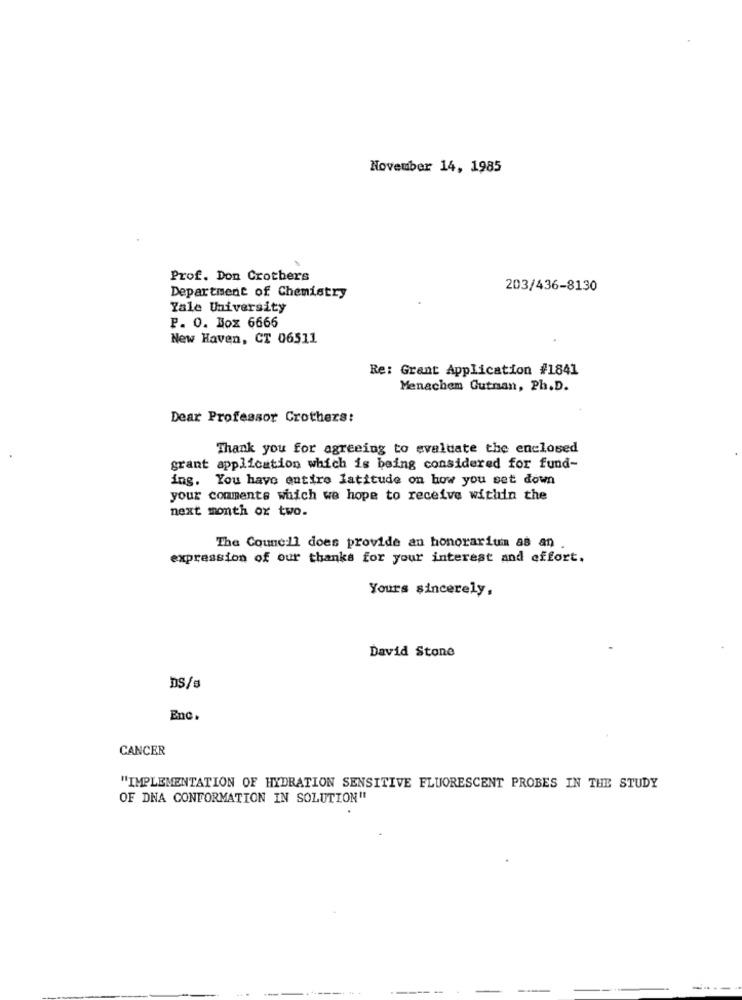
November 14, 1985
Prof. Don Crothers
203/436-8130
Department of Chemistry
Yale University
P. O. Box 6666
New Haven, CT 06511
Re: Grant Application #1841
Menachem Gutnan, Ph.D.
Dear Professor Crothers:
Thank you for agreeing to evaluate the enclosed
grant application which is being considered for fund-
ing. You have entire latitude on how you set down
your comments which we hope to receive within the
next month or two.
The Council does provide an honorarium as an
expression of our thanks for your interest and effort.
Yours sincerely,
David Stone
DS/s
Enc.
CANCER
"IMPLEMENTATION OF HYDRATION SENSITIVE FLUORESCENT PROBES IN THE STUDY
OF DNA CONFORMATION IN SOLUTION"
-